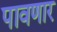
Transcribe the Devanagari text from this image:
पावणार